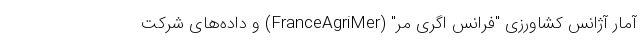
آمار آژانس کشاورزی "فرانس اگری مر" (FranceAgriMer) و داده‌های شرکت